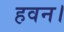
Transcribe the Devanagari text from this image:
हवन।